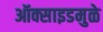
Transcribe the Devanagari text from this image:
ऑक्साइडमुळे